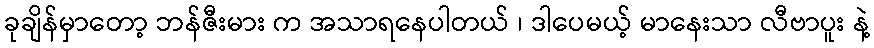
ခုချိန်မှာတော့ ဘန်ဇီးမား က အသာရနေပါတယ် ၊ ဒါပေမယ့် မာနေးသာ လီဗာပူး နဲ့